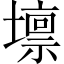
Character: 𡒄